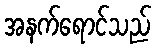
အနက်ရောင်သည်